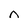
Character: n